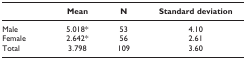
<table><thead><tr><td></td><td><b>Mean</b></td><td><b>N</b></td><td><b>Standard deviation</b></td></tr></thead><tbody><tr><td>Male</td><td>5.018*</td><td>53</td><td>4.10</td></tr><tr><td>Female</td><td>2.642*</td><td>56</td><td>2.61</td></tr><tr><td>Total</td><td>3.798</td><td>109</td><td>3.60</td></tr></tbody></table>